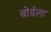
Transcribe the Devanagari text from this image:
बोर्डला